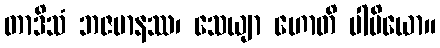
တာဒိသံ ဘဇမာနဿ၊ သေယျာ ဟောတိ ပါပိယော။